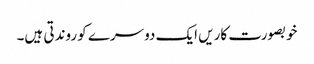
خوبصورت کاریں ایک دوسرے کو روندتی ہیں۔